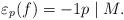
LaTeX: \begin{align*} \varepsilon_p(f) = -1 p \mid M. \end{align*}